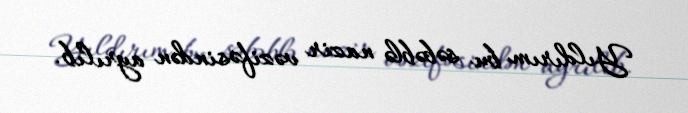
Yıldırım bu səbəblə nazir vəzifəsindən ayrılıb.